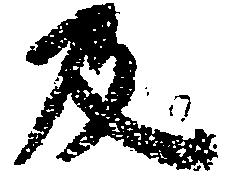
及